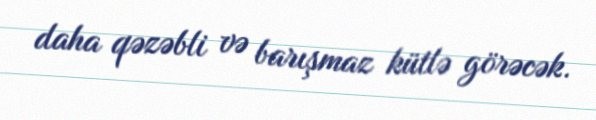
daha qəzəbli və barışmaz kütlə görəcək.